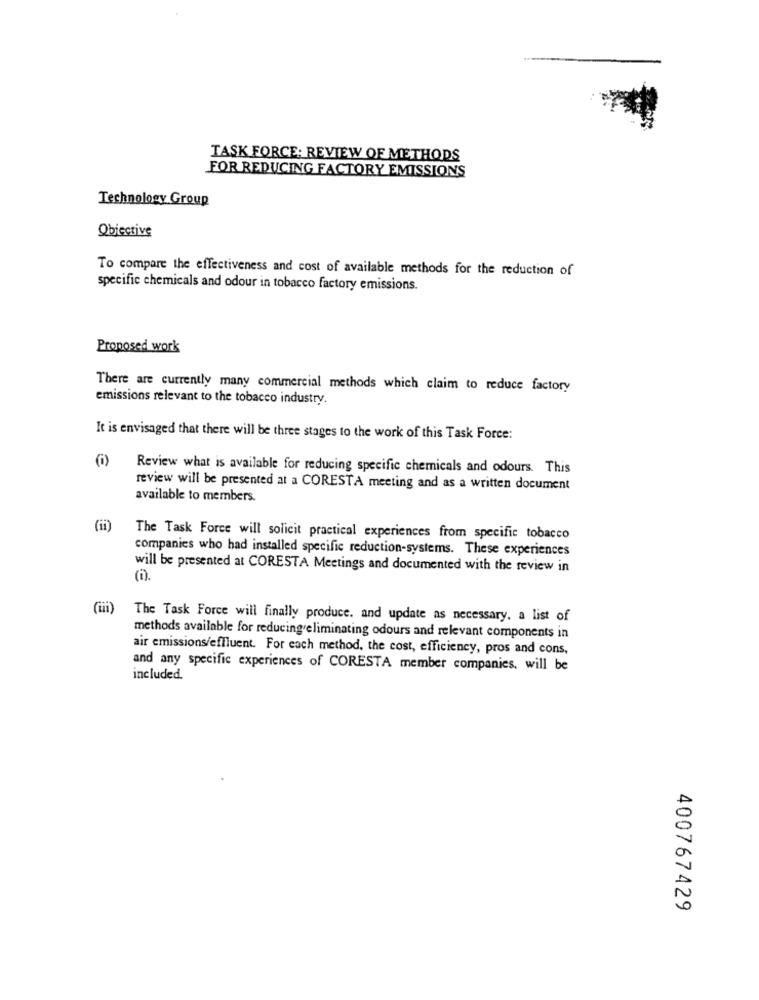
TASK FORCE: REVIEW OF METHODS
FOR REDUCING FACTORY EMISSIONS
Technology Group
Objective
To compare the effectiveness and cost of available methods for the reduction of
specific chemicals and odour in tobacco factory emissions.
Proposed work
There are currently many commercial methods which claim to reduce factory
emissions relevant to the tobacco industry.
It is envisaged that there will be three stages to the work of this Task Force:
Review what is available for reducing specific chemicals and odours. This
review will be presented at a CORESTA meeting and as a written document
available to members.
The Task Force will solicit practical experiences from specific tobacco
companies who had installed specific reduction-systems. These experiences
will be presented at CORESTA Meetings and documented with the review in
(iii)
The Task Force will finally produce. and update as necessary. a list of
methods available for reducing eliminating odours and relevant components in
air emissions/effluent. For each method, the cost, efficiency, pros and cons,
and any specific experiences of CORESTA member companies. will be
included.
400767429